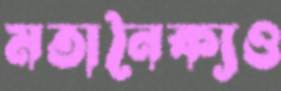
মতানৈক্যও